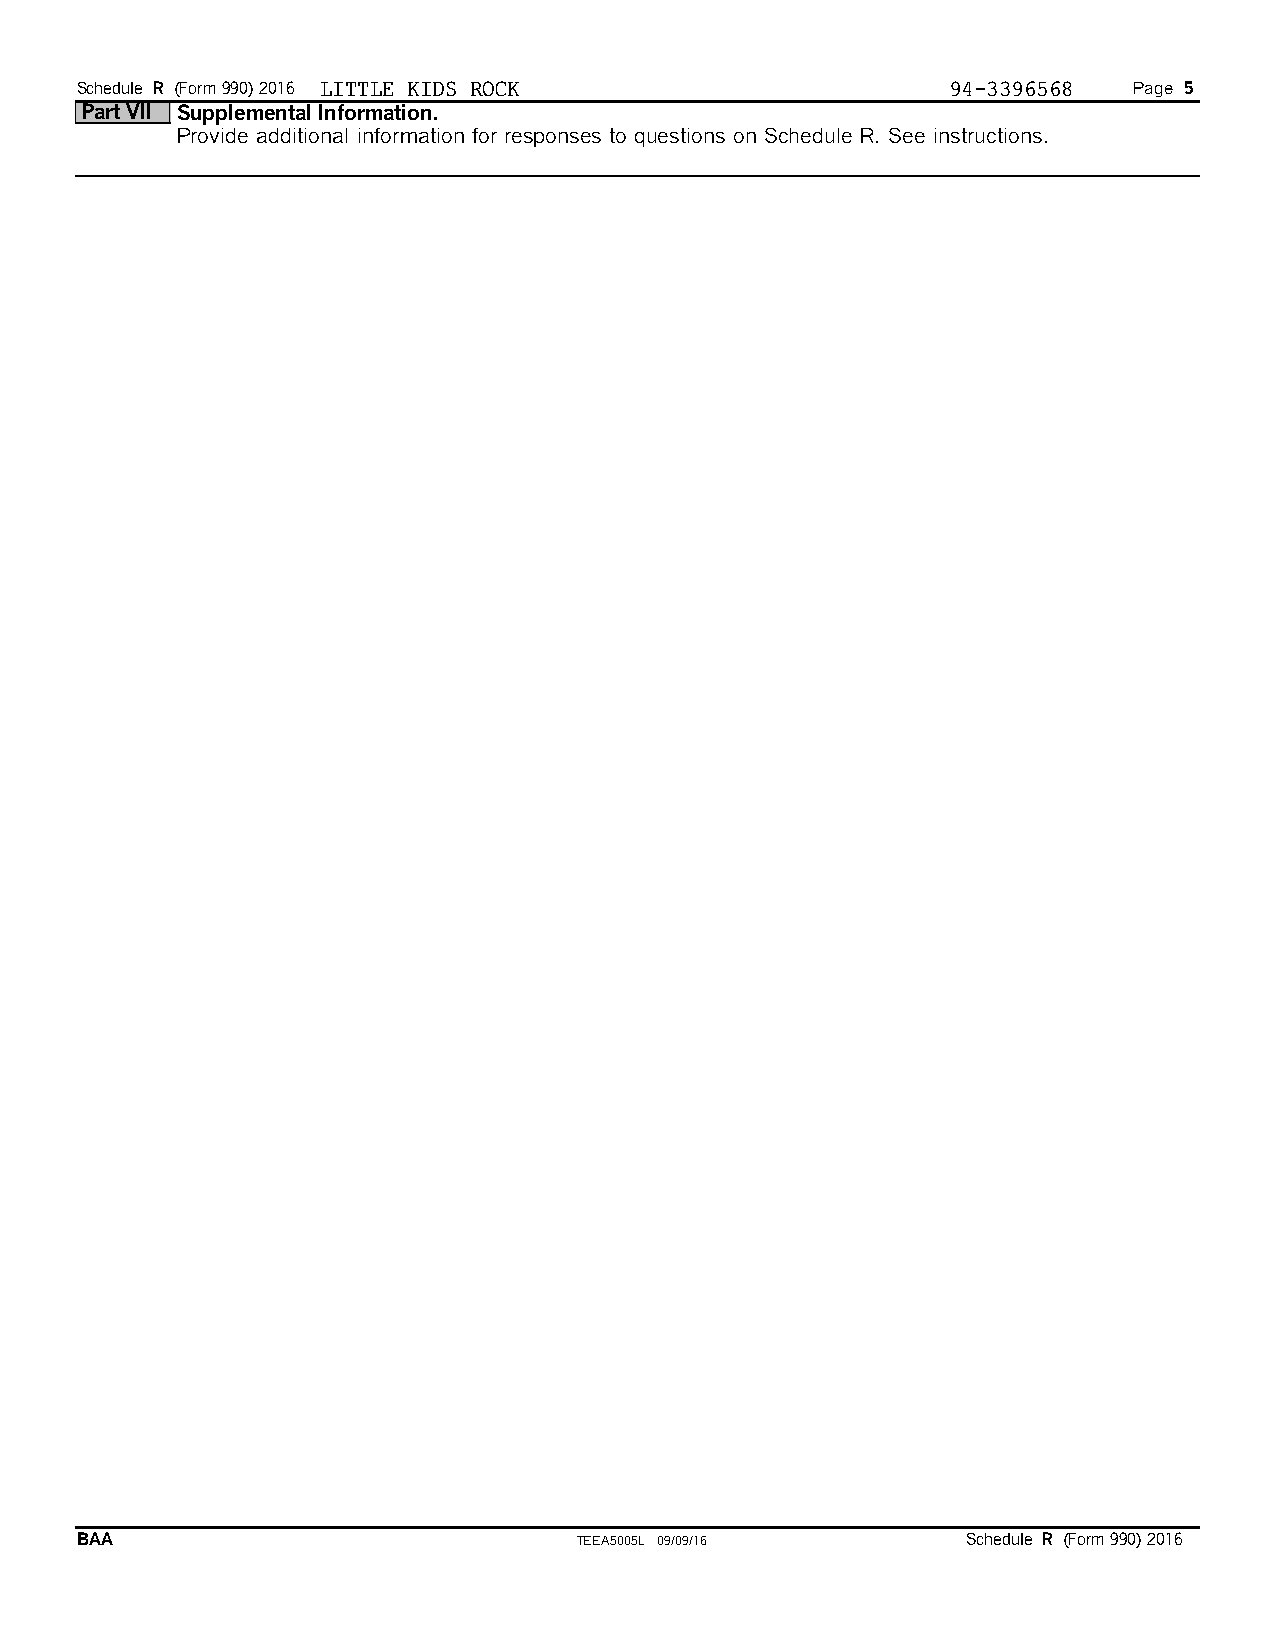
Schedule R (Form 990) 2016 LITTLE KIDS ROCK               94-3396568  Page 5
 Part VII Supplemental Information.
 Provide additional information for responses to questions on Schedule R. See instructions.
 BAA                              TEEA5005L 09/09/16        Schedule R (Form 990) 2016